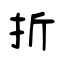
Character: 折